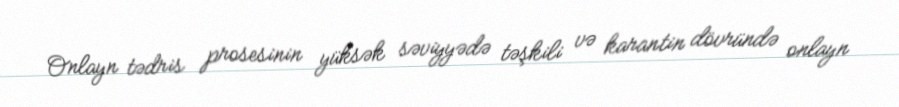
Onlayn tədris prosesinin yüksək səviyyədə təşkili və karantin dövründə onlayn